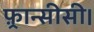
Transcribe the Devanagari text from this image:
फ़्रान्सीसी।